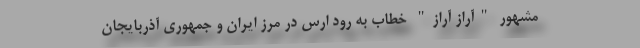
مشهور "آراز آراز" خطاب به رود ارس در مرز ایران و جمهوری آذربایجان